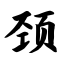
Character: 颈